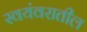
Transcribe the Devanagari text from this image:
स्वयंवरातील